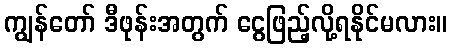
ကျွန်တော် ဒီဖုန်းအတွက် ငွေဖြည့်လို့ရနိုင်မလား။